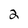
Character: 2